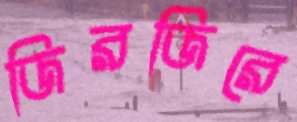
জিরজিরে